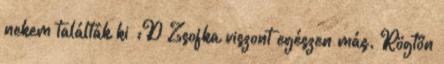
nekem találták ki :D Zsofka viszont egészen más. Rögtön